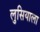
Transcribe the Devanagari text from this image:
लुसियाला